65_HS1-834228961_62-HQ-83894_Section_6
Agency: FBI
Page 81
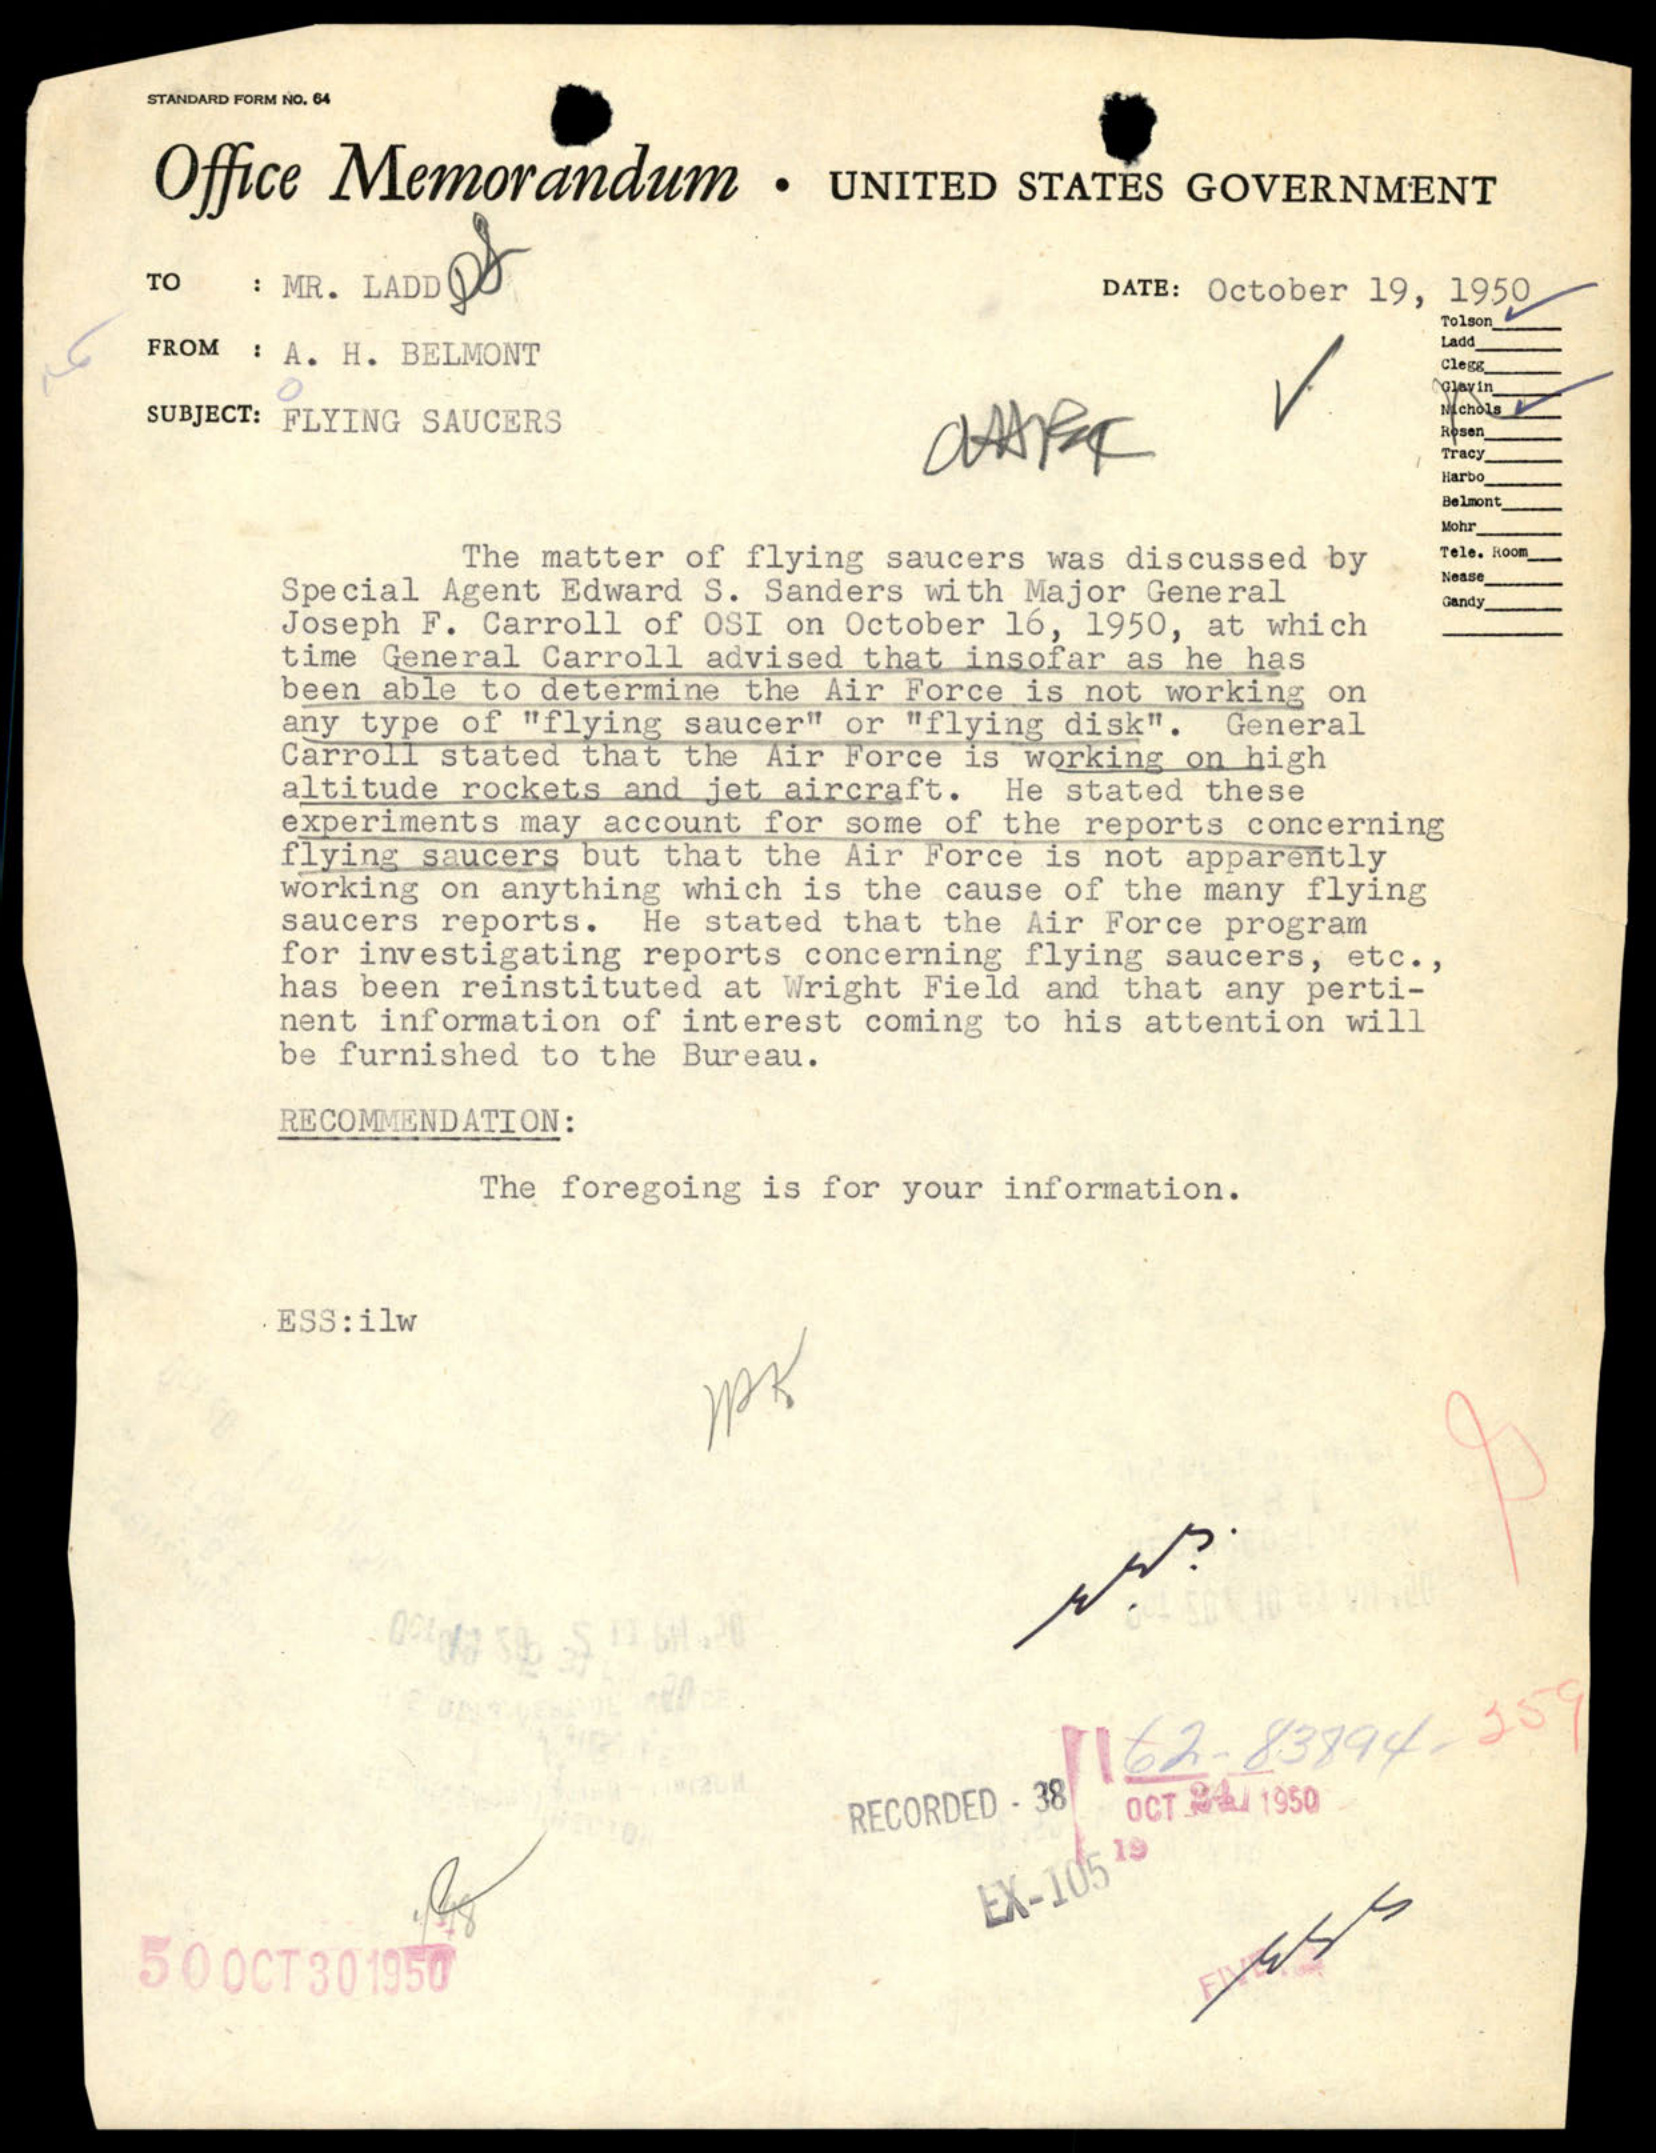